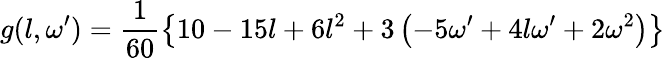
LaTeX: g(l,\omega^{\prime})=\frac{1}{60}\left\{ 10-15l+6l^{2}+3\left(-5\omega^{\prime}+4l\omega^{\prime}+2\omega^{2}\right)\right\}